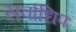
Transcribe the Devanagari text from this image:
सर्वाधिपः